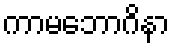
ကာမဘောဂိနာ